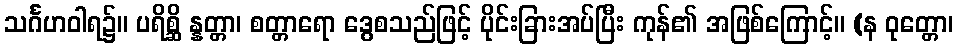
သင်္ဂဟဝါရ၌။ ပရိစ္ဆိ န္နတ္တာ၊ စတ္တာရော ဒွေစသည်ဖြင့် ပိုင်းခြားအပ်ပြီး ကုန်၏ အဖြစ်ကြောင့်။ (န ဝုတ္တော၊